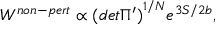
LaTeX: W ^ { n o n - p e r t } \propto { ( d e t \Pi ^ { \prime } ) } ^ { 1 / N } e ^ { 3 S / 2 b } ,